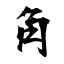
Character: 角